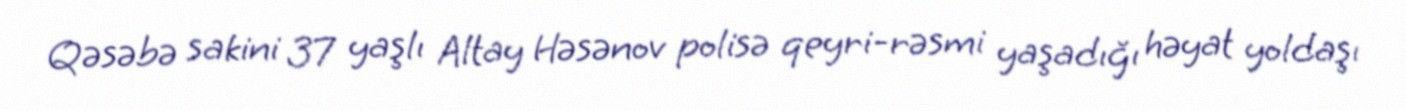
Qəsəbə sakini 37 yaşlı Altay Həsənov polisə qeyri-rəsmi yaşadığı həyat yoldaşı